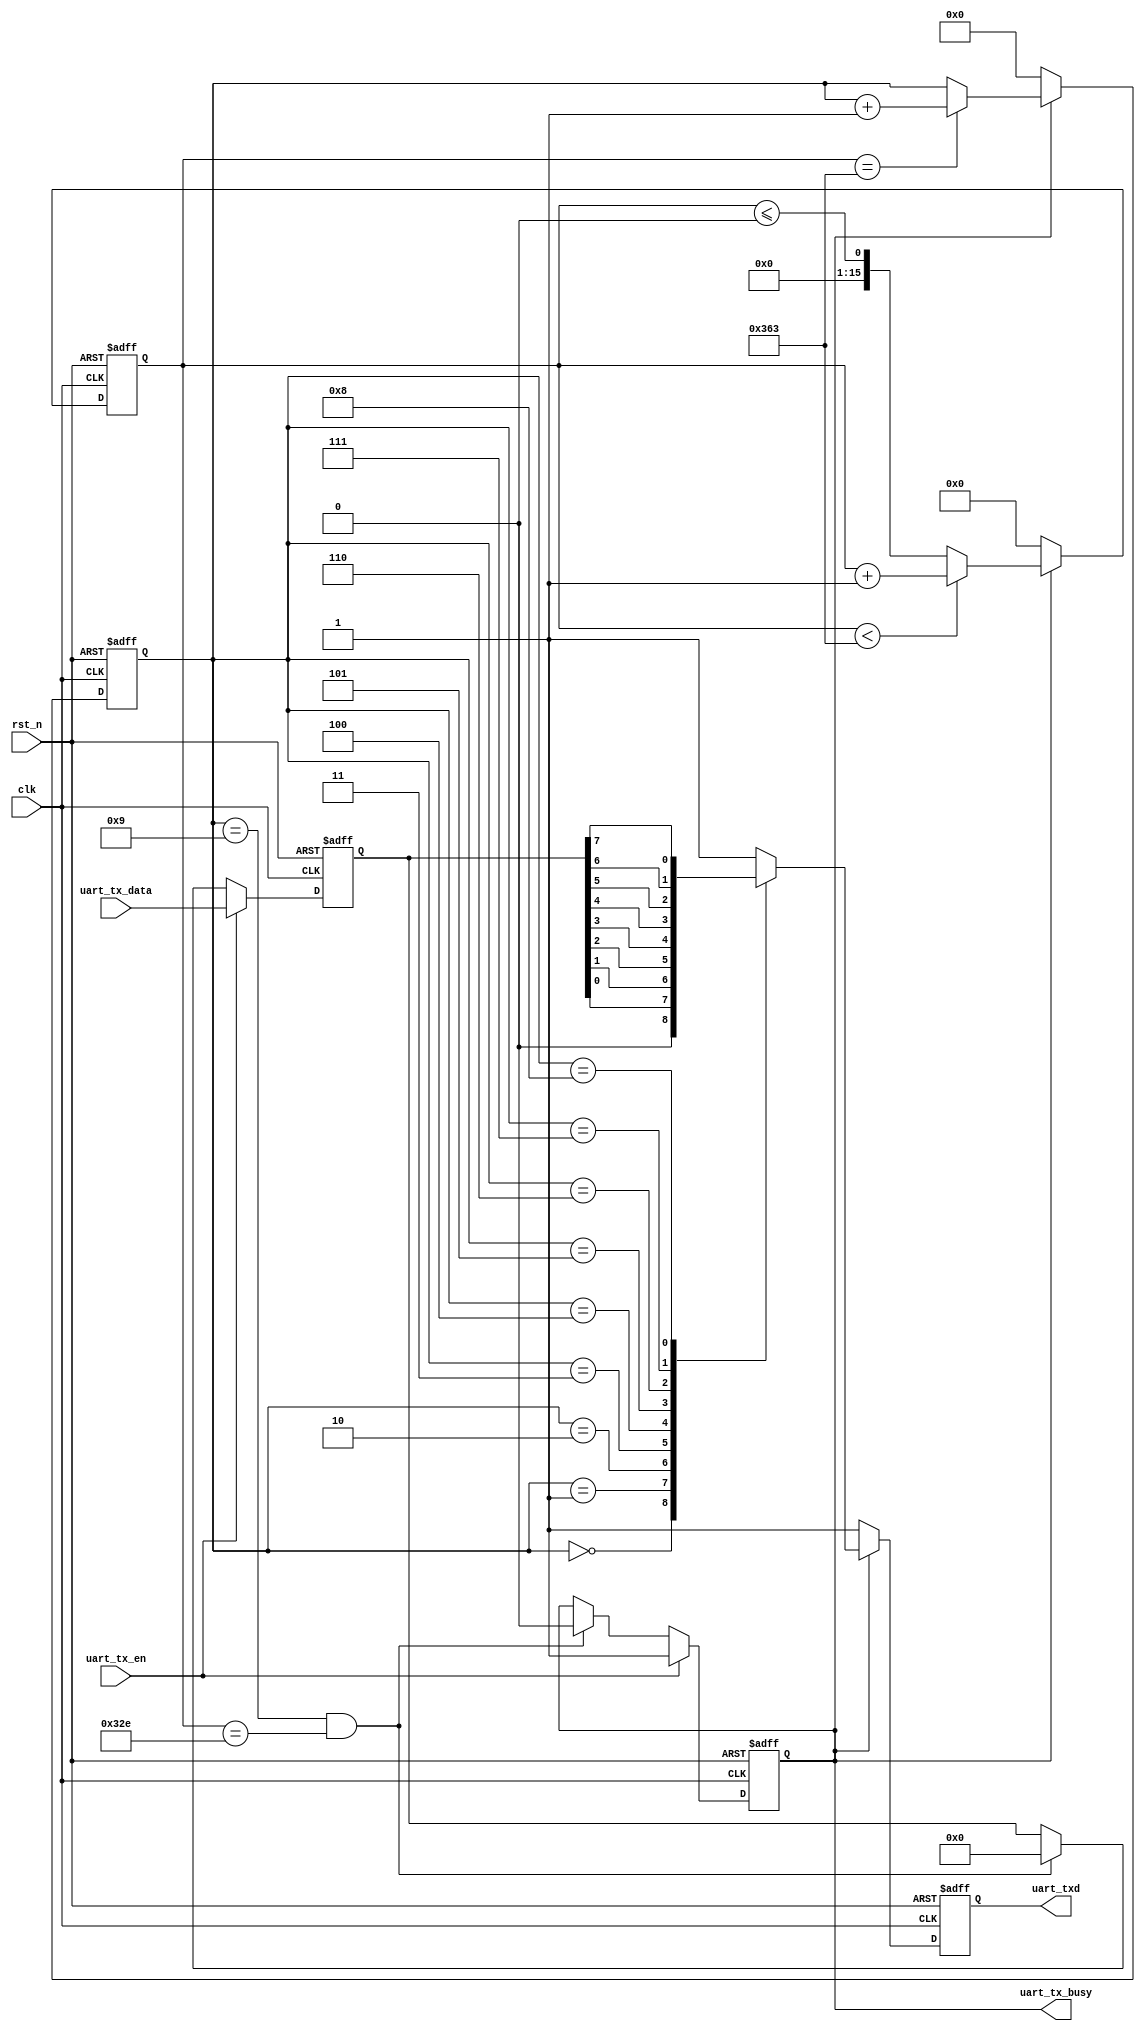
module uart_tx (
    input            clk         ,
    input            rst_n       ,
    input            uart_tx_en  ,
    input      [7:0] uart_tx_data,
    output reg       uart_txd    ,
    output reg       uart_tx_busy 
);
// parameter //
parameter CLK_FREQ     = 100_000_000;
parameter UART_BPS     = 115_200    ;
// localparam //
localparam BAUD_CNT_MAX = (CLK_FREQ/UART_BPS);
// register defination //
reg [7:0]  tx_data_t;
reg [3:0]  tx_cnt   ;
reg [15:0] baud_cnt ;
// tx_data_t //
always @(posedge clk or negedge rst_n) begin
    if (!rst_n)
        tx_data_t <= 8'd0;
    else if (uart_tx_en)
        tx_data_t <= uart_tx_data;
    else if ((tx_cnt == 4'd9) && (baud_cnt == (BAUD_CNT_MAX - BAUD_CNT_MAX/16)))
        tx_data_t <= 8'd0;
    else
        tx_data_t <= tx_data_t;
end
// uart_tx_busy //
always @(posedge clk or negedge rst_n) begin
    if (!rst_n)
        uart_tx_busy <= 1'b0;
    else if (uart_tx_en)
        uart_tx_busy <= 1'b1;
    else if ((tx_cnt == 4'd9) && (baud_cnt == (BAUD_CNT_MAX - BAUD_CNT_MAX/16)))
        uart_tx_busy <= 1'b0;
    else
        uart_tx_busy <= uart_tx_busy;
end
// baud_cnt //
always @(posedge clk or negedge rst_n) begin
    if (!rst_n)
        baud_cnt <= 16'd0;
    else if (uart_tx_busy) begin
        if (baud_cnt < (BAUD_CNT_MAX - 1'b1))
            baud_cnt <= baud_cnt + 1'b1;
        else
            baud_cnt <= baud_cnt <= 16'd0;
    end
    else
        baud_cnt <= 16'd0;
end
// tx_cnt //
always @(posedge clk or negedge rst_n) begin
    if (!rst_n)
        tx_cnt <= 4'd0;
    else if (uart_tx_busy) begin
        if (baud_cnt == (BAUD_CNT_MAX - 1'b1))
            tx_cnt <= tx_cnt + 1'b1;
        else
            tx_cnt <= tx_cnt;
    end
    else
        tx_cnt <= 4'd0;
end
// uart_txd //
always @(posedge clk or negedge rst_n) begin
    if (!rst_n)
        uart_txd <= 1'b1;
    else if (uart_tx_busy) begin
        case (tx_cnt)
            4'd0    : uart_txd <= 1'b0        ;
            4'd1    : uart_txd <= tx_data_t[0];
            4'd2    : uart_txd <= tx_data_t[1];
            4'd3    : uart_txd <= tx_data_t[2];
            4'd4    : uart_txd <= tx_data_t[3];
            4'd5    : uart_txd <= tx_data_t[4];
            4'd6    : uart_txd <= tx_data_t[5];
            4'd7    : uart_txd <= tx_data_t[6];
            4'd8    : uart_txd <= tx_data_t[7];
            4'd9    : uart_txd <= 1'b1        ;
            default : uart_txd <= 1'b1        ;
        endcase
    end
    else
        uart_txd <= 1'b1;
end

endmodule